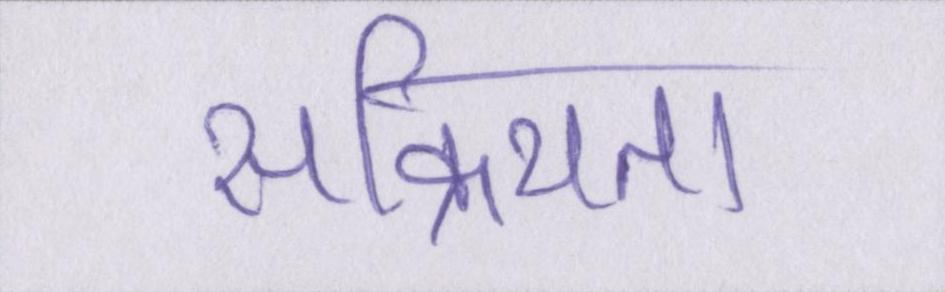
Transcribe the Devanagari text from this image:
सक्रियता